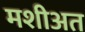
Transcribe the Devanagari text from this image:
मशीअत